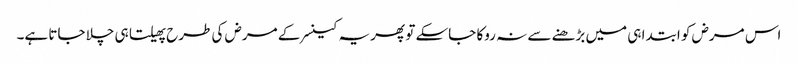
اس مرض کو ابتدا ہی میں بڑھنے سے نہ روکا جاسکے تو پھر یہ کینسر کے مرض کی طرح پھیلتا ہی چلا جاتا ہے۔